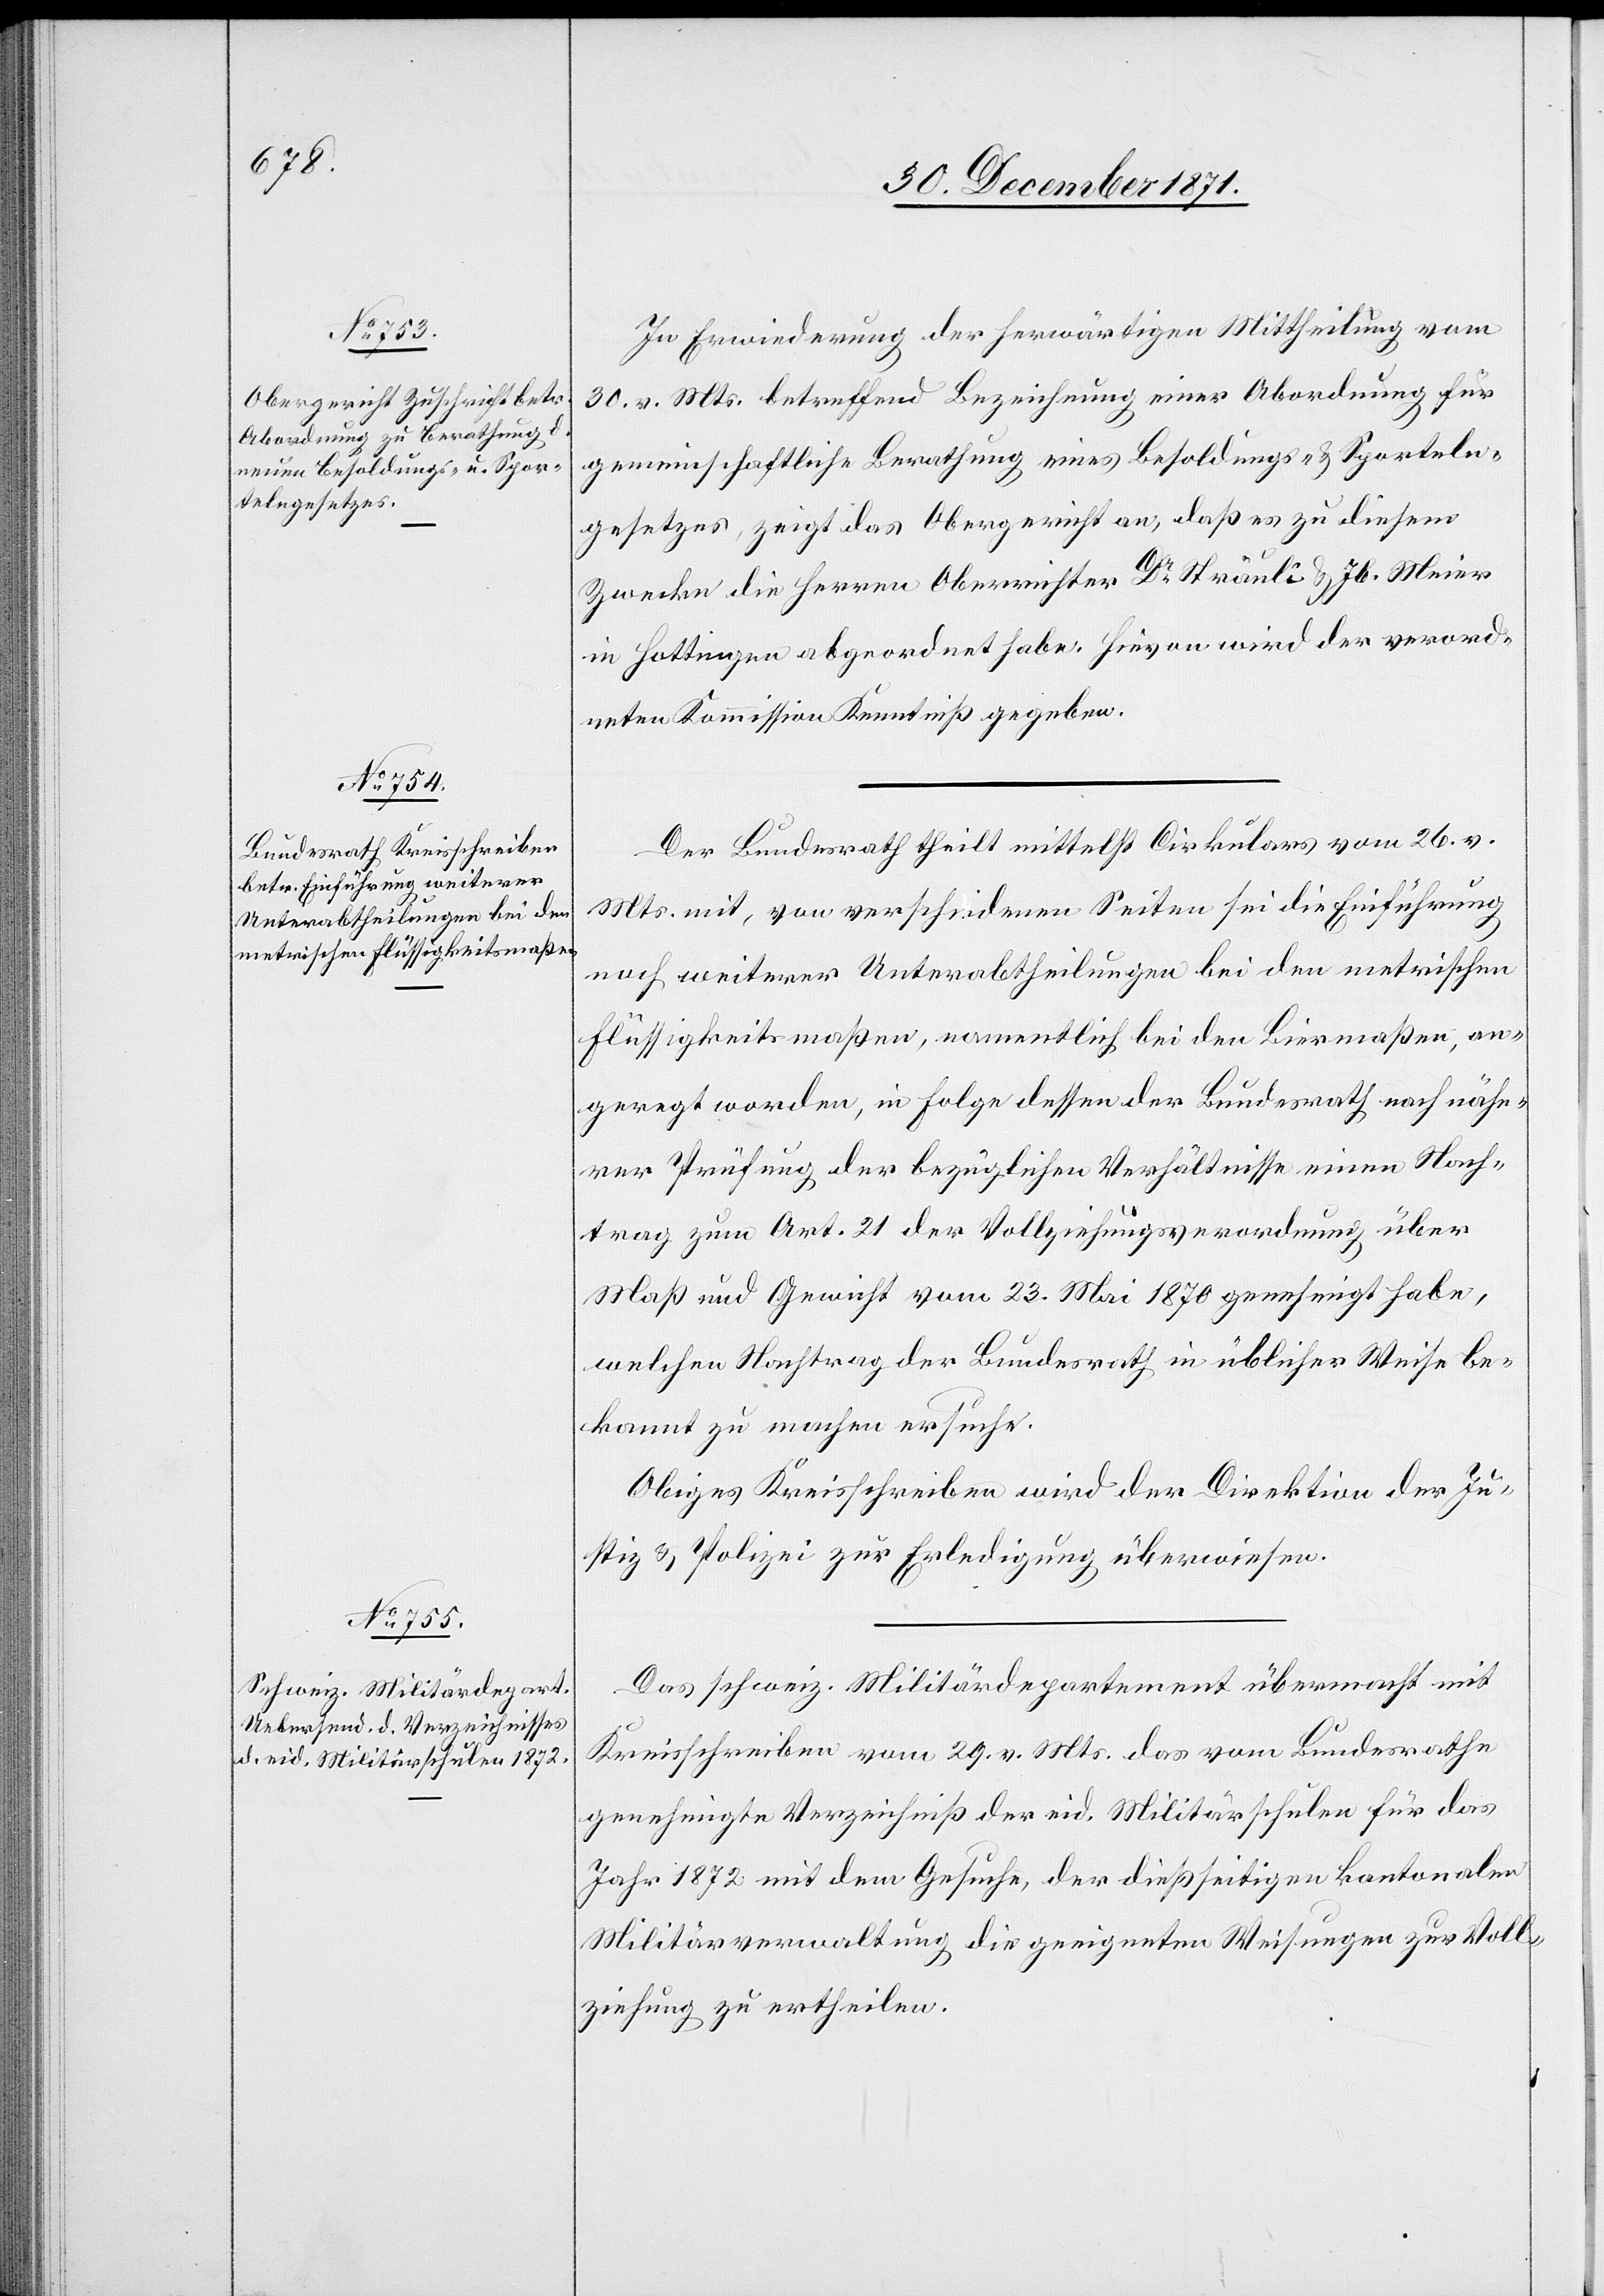
2. Januar 1872.]
In Erwiederung der herwärtigen Mittheilung vom
30. v. Mts. betreffend Bezeichnung einer Abordnung für
gemeinschaftliche Berathung eines Besoldungs- & Sporteln¬
gesetzes, zeigt das Obergericht an, daß es zu diesem
Zwecke die Herren Oberrichter Dr. Sträuli & Jb. Meier
in Hottingen abgeordnet habe. Hievon wird der verord¬
neten Kommission Kenntniß gegeben.
Der Bundesrath theilt mittelst Cirkulars vom 26. v.
Mts. mit, von verschiedenen Seiten sei die Einführung
noch weiterer Unterabtheilungen bei den metrischen
Flüssigkeitsmaßen, namentlich bei den Biermaßen, an¬
geregt worden, in Folge dessen der Bundesrath nach nähe¬
rer Prüfung der bezüglichen Verhältnisse einen Nach¬
trag zum Art. 21 der Vollziehungsverordnung über
Maß und Gewicht vom 23. Mai 1870 genehmigt habe,
welchen Nachtrag der Bundesrath in üblicher Weise be¬
kannt zu machen ersuche.
Obiges Kreisschreiben wird der Direktion der Ju¬
stiz & Polizei zur Erledigung überwiesen.
Das schweiz. Militärdepartement übermacht mit
Kreisschreiben vom 29. v. Mts. das vom Bundesrathe
genehmigte Verzeichniß der eid. Militärschule für das
Jahr 1872 mit dem Gesuche, der dießseitigen kantonalen
Militärverwaltung die geeigneten Weisungen zur Voll¬
ziehung zu ertheilen.